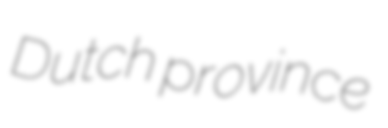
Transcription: Dutch province